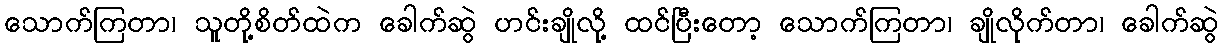
သောက်ကြတာ၊ သူတို့စိတ်ထဲက ခေါက်ဆွဲ ဟင်းချိုလို့ ထင်ပြီးတော့ သောက်ကြတာ၊ ချိုလိုက်တာ၊ ခေါက်ဆွဲ